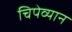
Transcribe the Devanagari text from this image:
चिपेव्यान